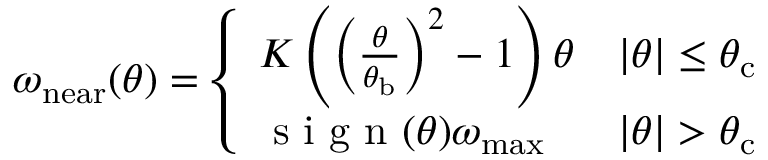
\omega _ { \mathrm { n e a r } } ( \theta ) = \left\{ \begin{array} { l l } { K \left( \left( \frac { \theta } { \theta _ { \mathrm { b } } } \right) ^ { 2 } - 1 \right) \theta } & { | \theta | \leq \theta _ { \mathrm { c } } } \\ { \mathrm { ~ s ~ i ~ g ~ n ~ } ( \theta ) \omega _ { \mathrm { m a x } } } & { | \theta | > \theta _ { \mathrm { c } } } \end{array} \right.